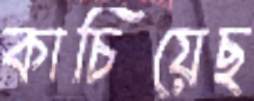
কাচিয়েছ